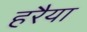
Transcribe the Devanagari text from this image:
हरैया